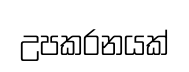
උපකරනයක්